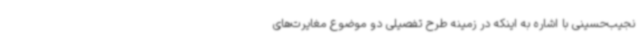
نجیب‌حسینی با اشاره به اینکه در زمینه طرح تفصیلی دو موضوع مغایرت‌های